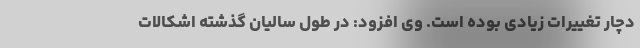
دچار تغییرات زیادی بوده است. وی افزود: در طول سالیان گذشته اشکالات